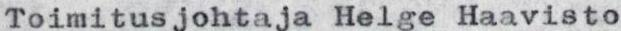
Toimitusjohtaja Helge Haavisto